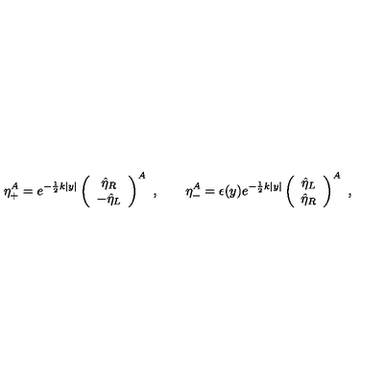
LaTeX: \eta _ { + } ^ { A } = e ^ { - \frac { 1 } { 2 } k | y | } \left( \begin{array} { c } { \hat { \eta } _ { R } } \\ { - \hat { \eta } _ { L } } \\ \end{array} \right) ^ { A } \ , \qquad \eta _ { - } ^ { A } = \epsilon ( y ) e ^ { - \frac { 1 } { 2 } k | y | } \left( \begin{array} { c } { \hat { \eta } _ { L } } \\ { \hat { \eta } _ { R } } \\ \end{array} \right) ^ { A } \ ,